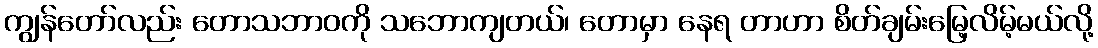
ကျွန်တော်လည်း တောသဘာဝကို သဘောကျတယ်၊ တောမှာ နေရ တာဟာ စိတ်ချမ်းမြေ့လိမ့်မယ်လို့